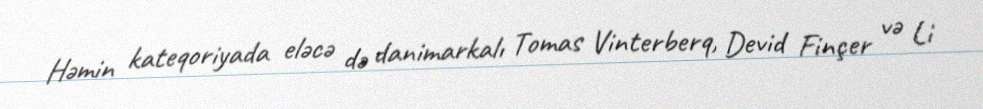
Həmin kateqoriyada eləcə də danimarkalı Tomas Vinterberq, Devid Finçer və Li